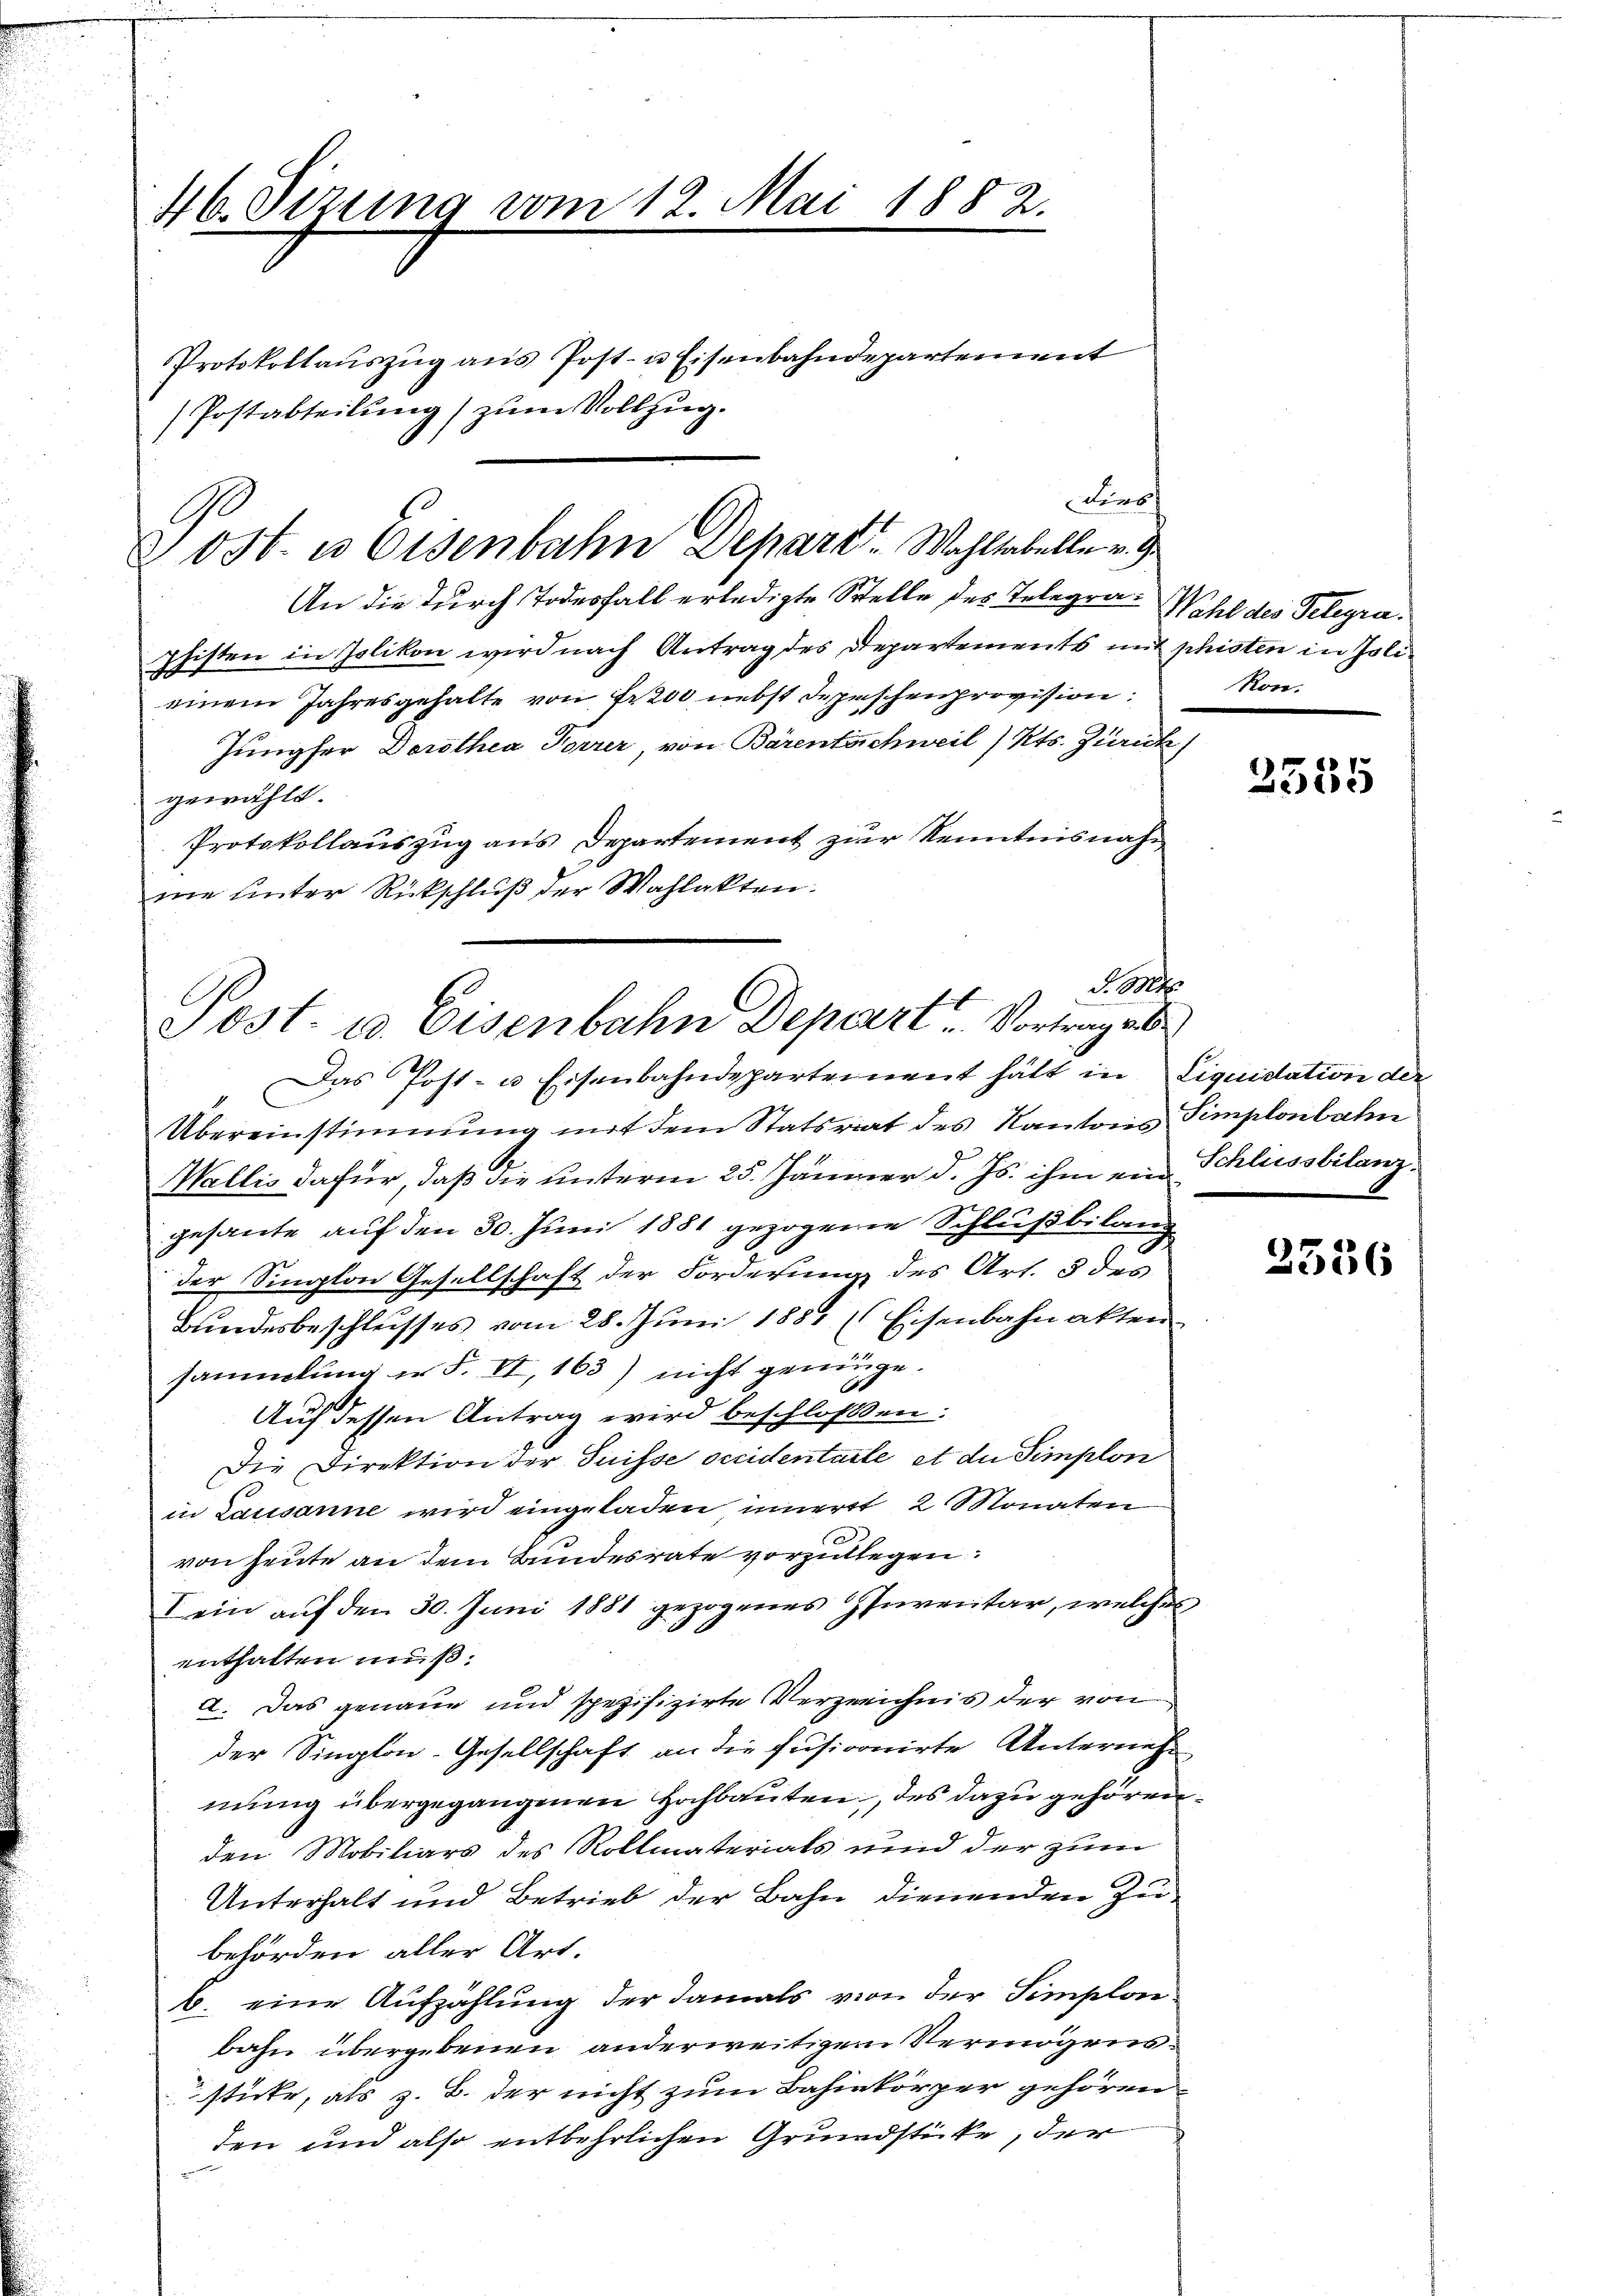
46. Sizung vom 12. Mai 1882.

pfisten in Polikon wird nach Antrag des Departements mit phisten in Polieinem Jahresgehalte von Fr. 200 nebst Depeschenprovision:
Jungfer Dorothea Forrer, von Bärentschweil / Kts. Zurück
gewählt.
Protokollauszug aus Departement zur Kenntnisnahme unter Rückschluß der Wahlakten.
Das Post- u Eisenbahndepartement hält in Liquidation der
Übereinstimmung mit dem Statsrat des Kantons Simplonbahn
Wallis dafür, daß die unterm 25. Jänner d. Js. ihm ein Schliessbilanzgesante auf den 30. Juni 1881 gezogene Schlußbilang
der Senlon Gesellschaft der Forderung des Art. 5 des
Bundesbeschlusses vom 28. Juni 1881 (Eisenbahnakten
sammlung in F. II, 163) nicht genüge.
Auf dessen Antrag wird beschloßen:
Die Direktion der Suisse occidentarle et du Simplon
in Lausanne wird eingeladen innerst 2 Monaten
von heute an dem Bundesrate vorzulegen.
I ein auf den 30. Juni 1881 gezogenes Inventar, welches
enthalten muß.
a. Das genaue und spezifizirte Verzeichnis der von
der Sington-Gesellschaft an die fusionirte Unternehmung übergegangenen Hochbauten, des dazu gehören.
den Mobiliars des Rollmaterials und der zum
Unterhalt und Betrieb der Bahn dienenden Zubehörden aller Art.
b. eine Aufzählung der damals von der Simplon.
bahn übergebenen anderweitigem Vermögenssticke, als z. B. der nicht zum Bahinkörper gehören.
den und also entbehrlichen Grundstücke, der

tors
& ost- u Eisenbahn Depart. Wahltabelle v. J
An die durch Todesfall erledigte Stelle des Telegra-Wahl des Telegra¬

Postabteilung) zum Vollzug.

Protokollaŭszŭg aŭs Post- u Eisenbahndepartement

d. Mts.
Sost- u. Eisenbahn Depart Vortrages

Ron.

2535

2356